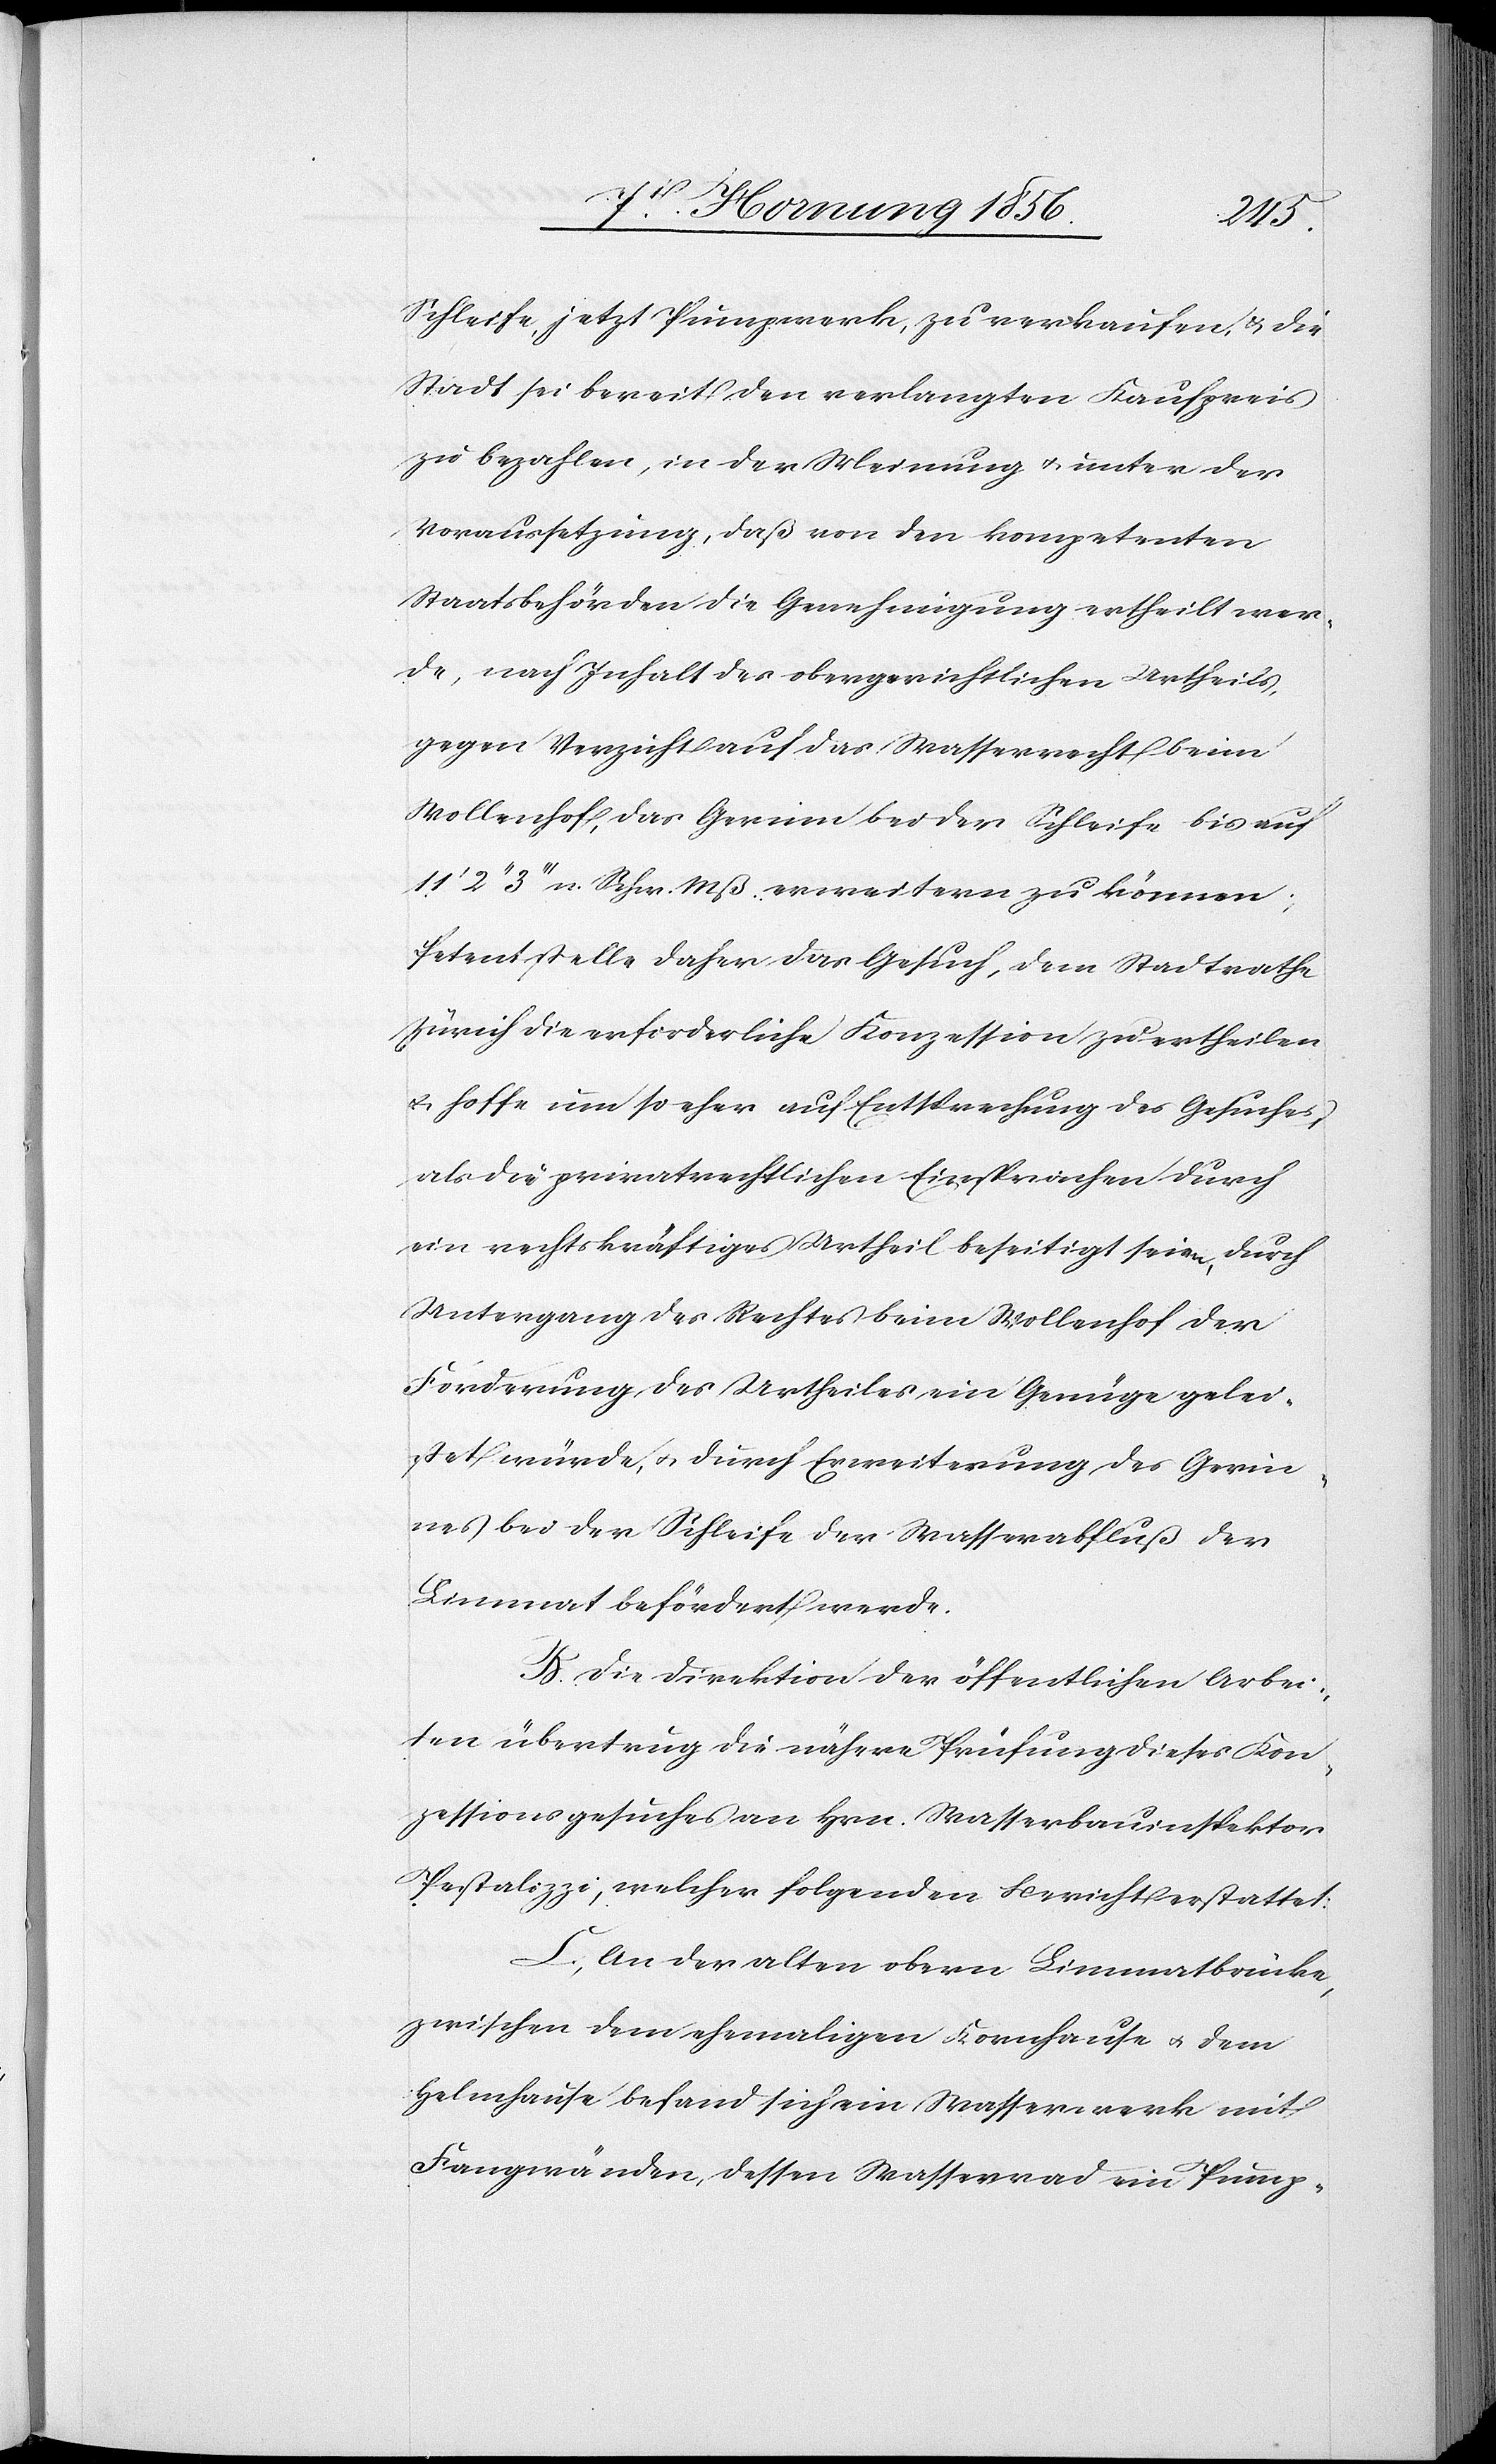
Schleife, jetzt Pumpwerk, zu verkaufen, u. die
Stadt sei bereit den verlangten Kaufpreis
zu bezahlen, in der Meinung u. unter der
Voraussetzung, daß von den kompetenten
Staatsbehörden die Genehmigung ertheilt wer¬
de, nach Inhalt des obergerichtlichen Urtheils
gegen Verzicht auf das Wasserrecht beim
Wollenhof, das Gerinn bei der Schleife bis auf
3’’’ n. Schw. Mß. erweitern zu können;
Petent stelle daher das Gesuch, dem Stadtrathe
Zürich die erforderliche Konzession zu ertheilen
u. hoffe um so eher auf Entsprechung des Gesuches,
als die privatrechtlichen Einsprachen durch
ein rechtskräftiges Urtheil beseitigt seien, durch
Untergang des Rechtes beim Wollenhof der
Forderung, des Urtheiles ein Genüge gelei¬
stet würde, u. durch Erweiterung des Gerin¬
nes bei der Schleife der Wasserabfluß der
Limmat befördert werde.
B. Die Direktion der öffentlichen Arbei¬
ten übertrug die nähere Prüfung dieses Kon¬
zessionsgesuches an Hrn. Wasserbauinspektor
Pestalozzi, welcher folgenden Bericht erstattet:
C. An der alten obern Limmatbrücke,
zwischen dem ehemaligen Kornhause u. dem
Helmhause befand sich ein Wasserwerk mit
Fangwänden, dessen Wasserrad ein Pump-